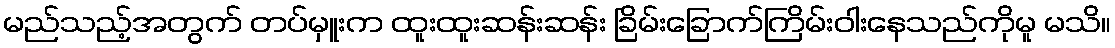
မည်သည့်အတွက် တပ်မှူးက ထူးထူးဆန်းဆန်း ခြိမ်းခြောက်ကြိမ်းဝါးနေသည်ကိုမူ မသိ။